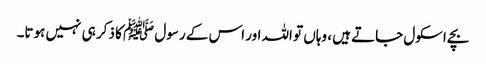
بچے اسکول جاتے ہیں ، وہاں تو اللہ اور اس کے رسول ﷺ کا ذکر ہی نہیں ہوتا۔